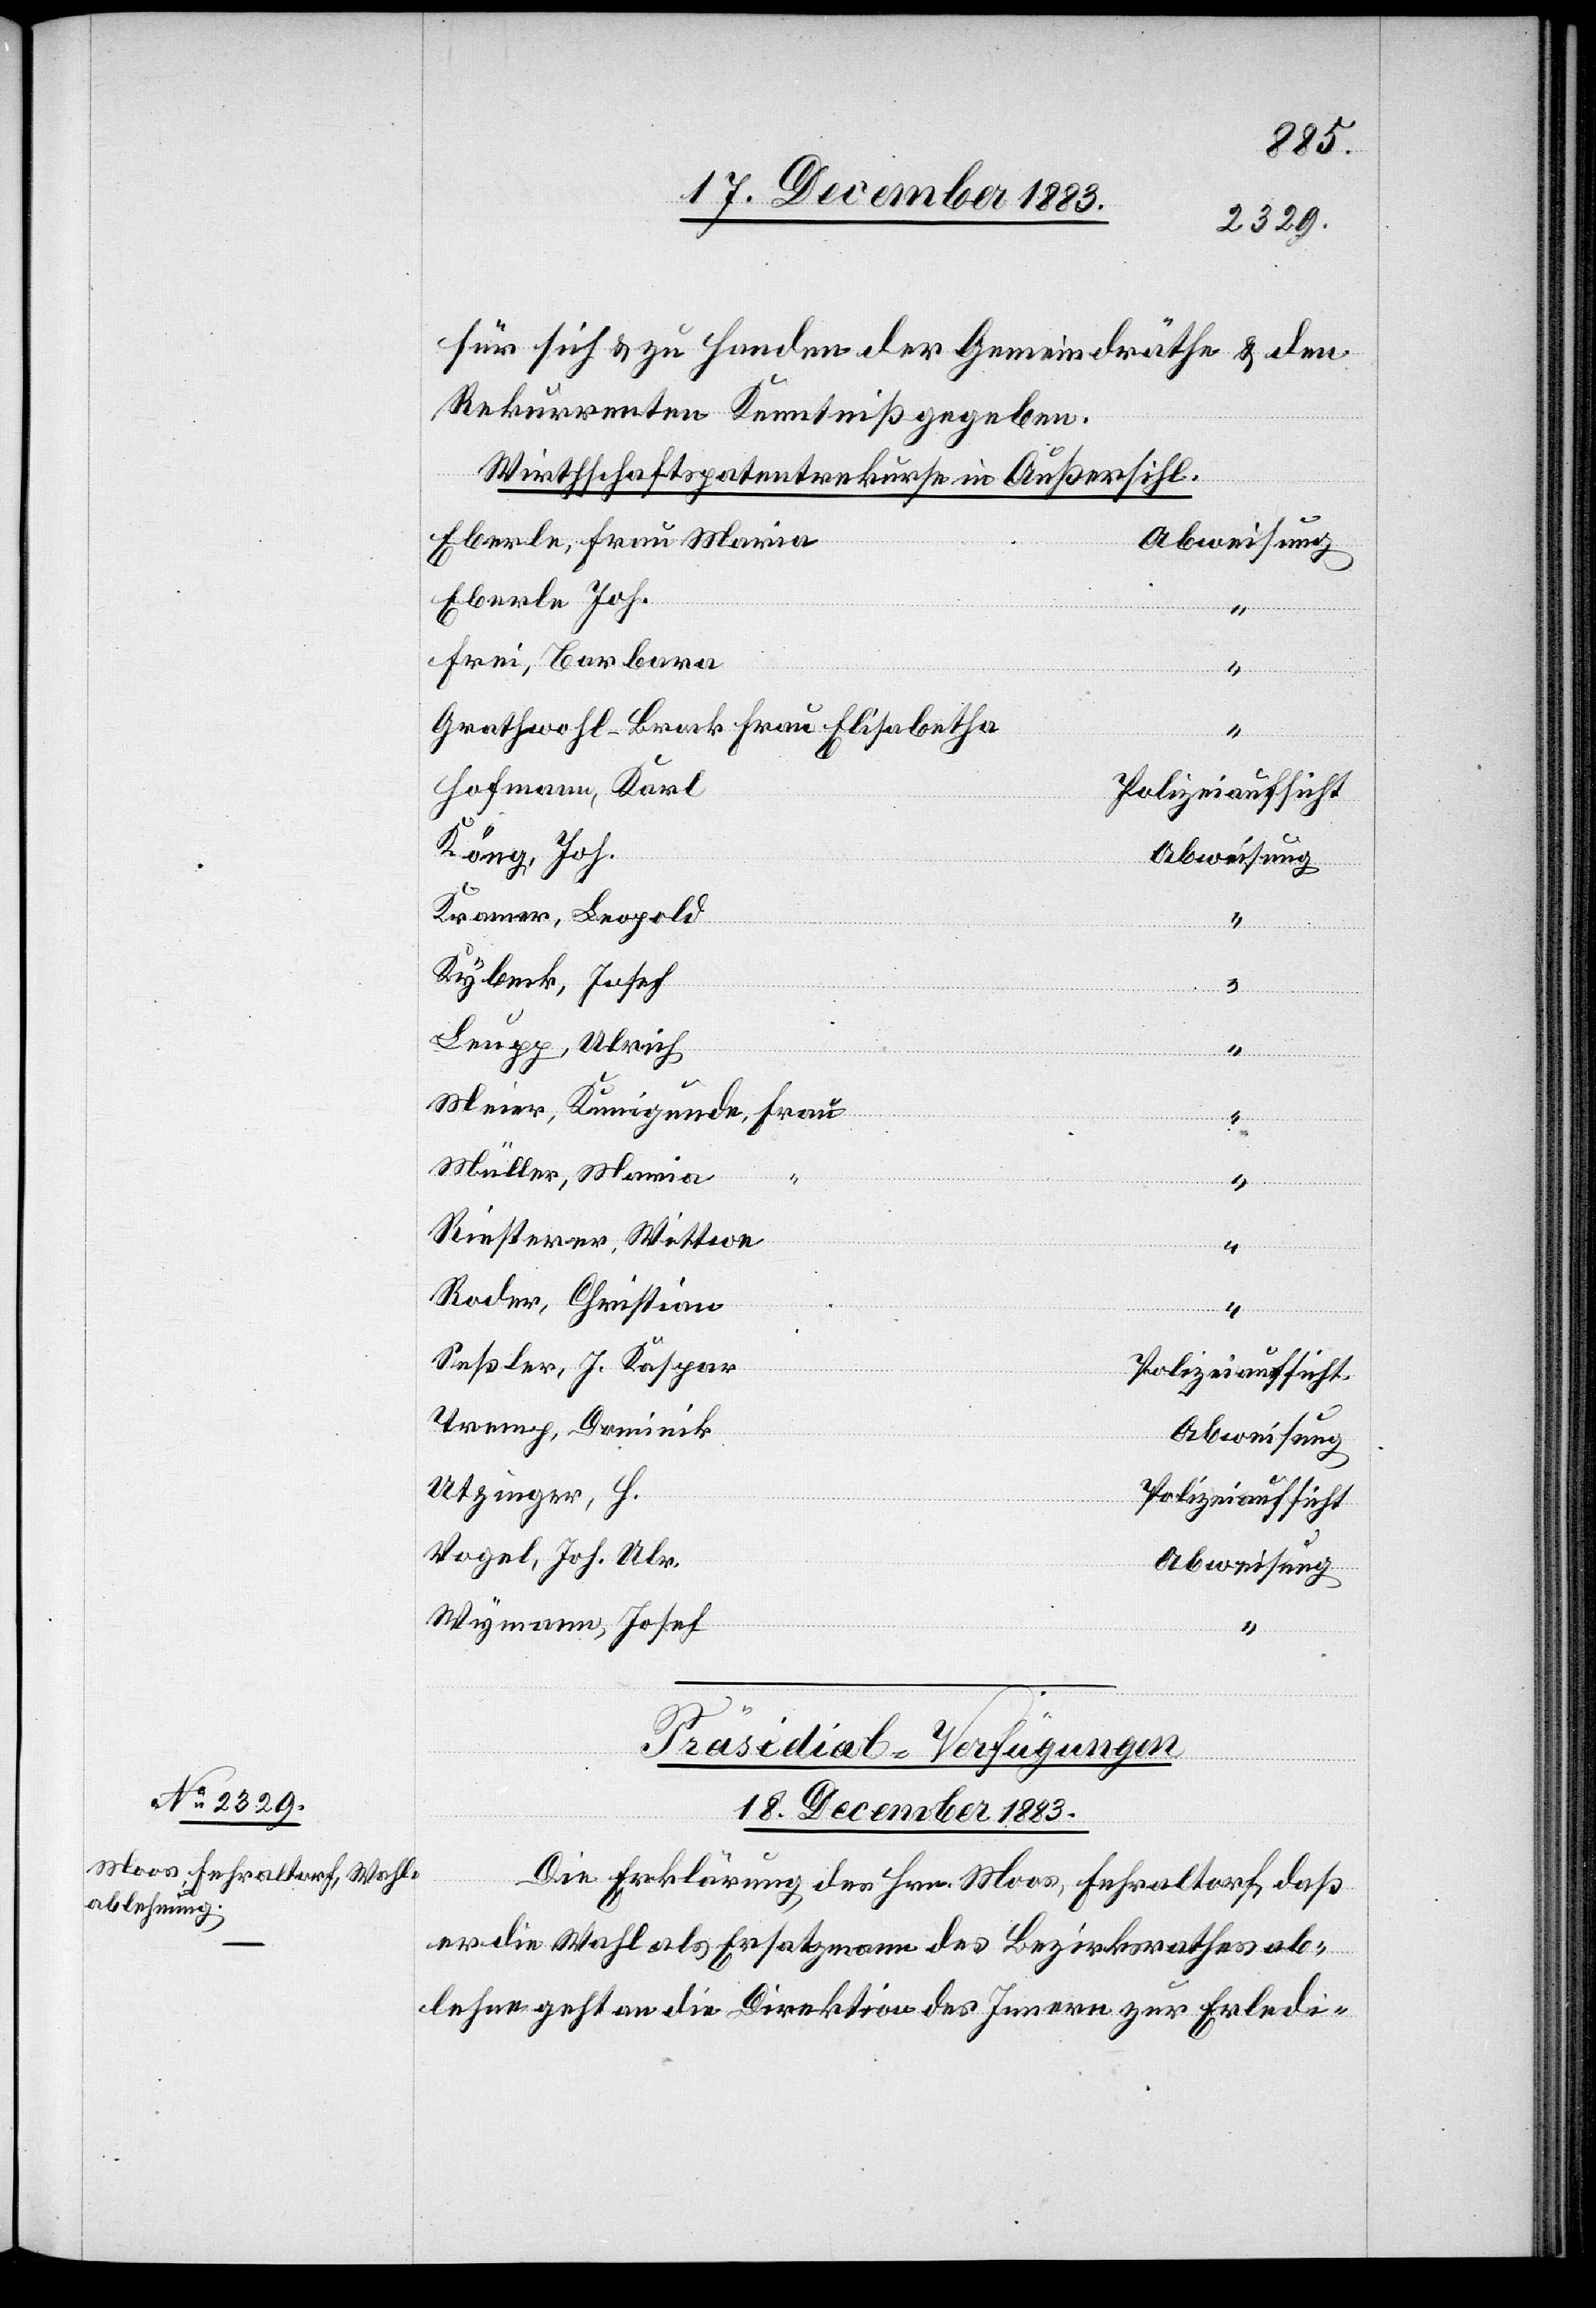
für sich & zu Handen der Gemeindräthe & den
Rekurrenten Kenntniß gegeben.
Wirthschaftspatentrekurse in Außersihl.
Eberle, Frau Maria
Abweisung
Eberle Joh.
“
Frei, Barbara
“
Gerathwohl-Brock Frau Elisabetha
“
Hofmann, Karl
Polizeiaufsicht
Köng, Joh.
Kramer, Leopold
“
Kybeck, Josef
Leupp, Ulrich
Meier, Kunigunde,
Frau
Müller, Maria,
Riesterer, Wittwe
“
Roder, Christian
“
Seßler, J. Kaspar
Polizeiaufsicht
Tremp, Dominik
Abweisung
Utzinger, H.
Polizeiaufsicht
Vogel, Joh. Ulr.
Abweisung
Wymann, Josef
“
Präsidial-Verfügungen.
18. December 1883.
Die Erklärung des Hrn. Moos, Fehraltorf, daß
er die Wahl als Ersatzmann des Bezirksrathes ab¬
lehne geht an die Direktion des Innern zur Erledi-